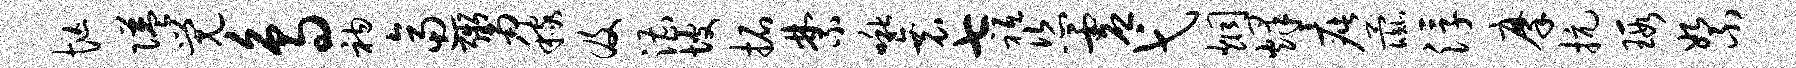
忙隘觉鸟衲逼鬻稼及漕坡拓禁啾衰七祗恣虚弋炯烽疵彘浮摩抗瑕絮